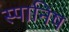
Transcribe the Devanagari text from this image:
स्पानिष